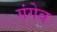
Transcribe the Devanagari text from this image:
गंगेव